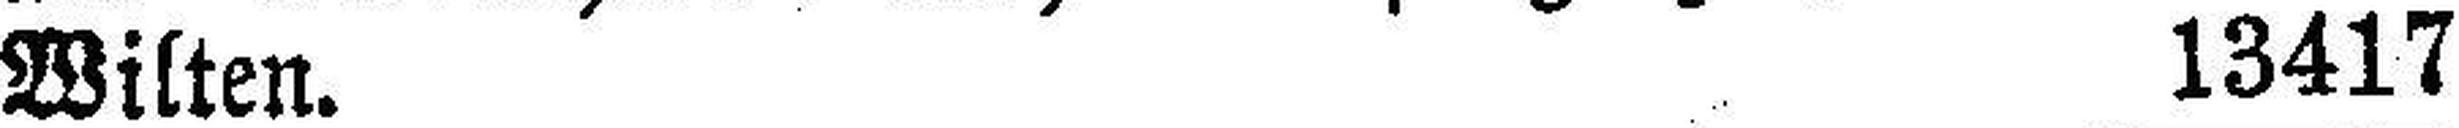
Wilten. 13417